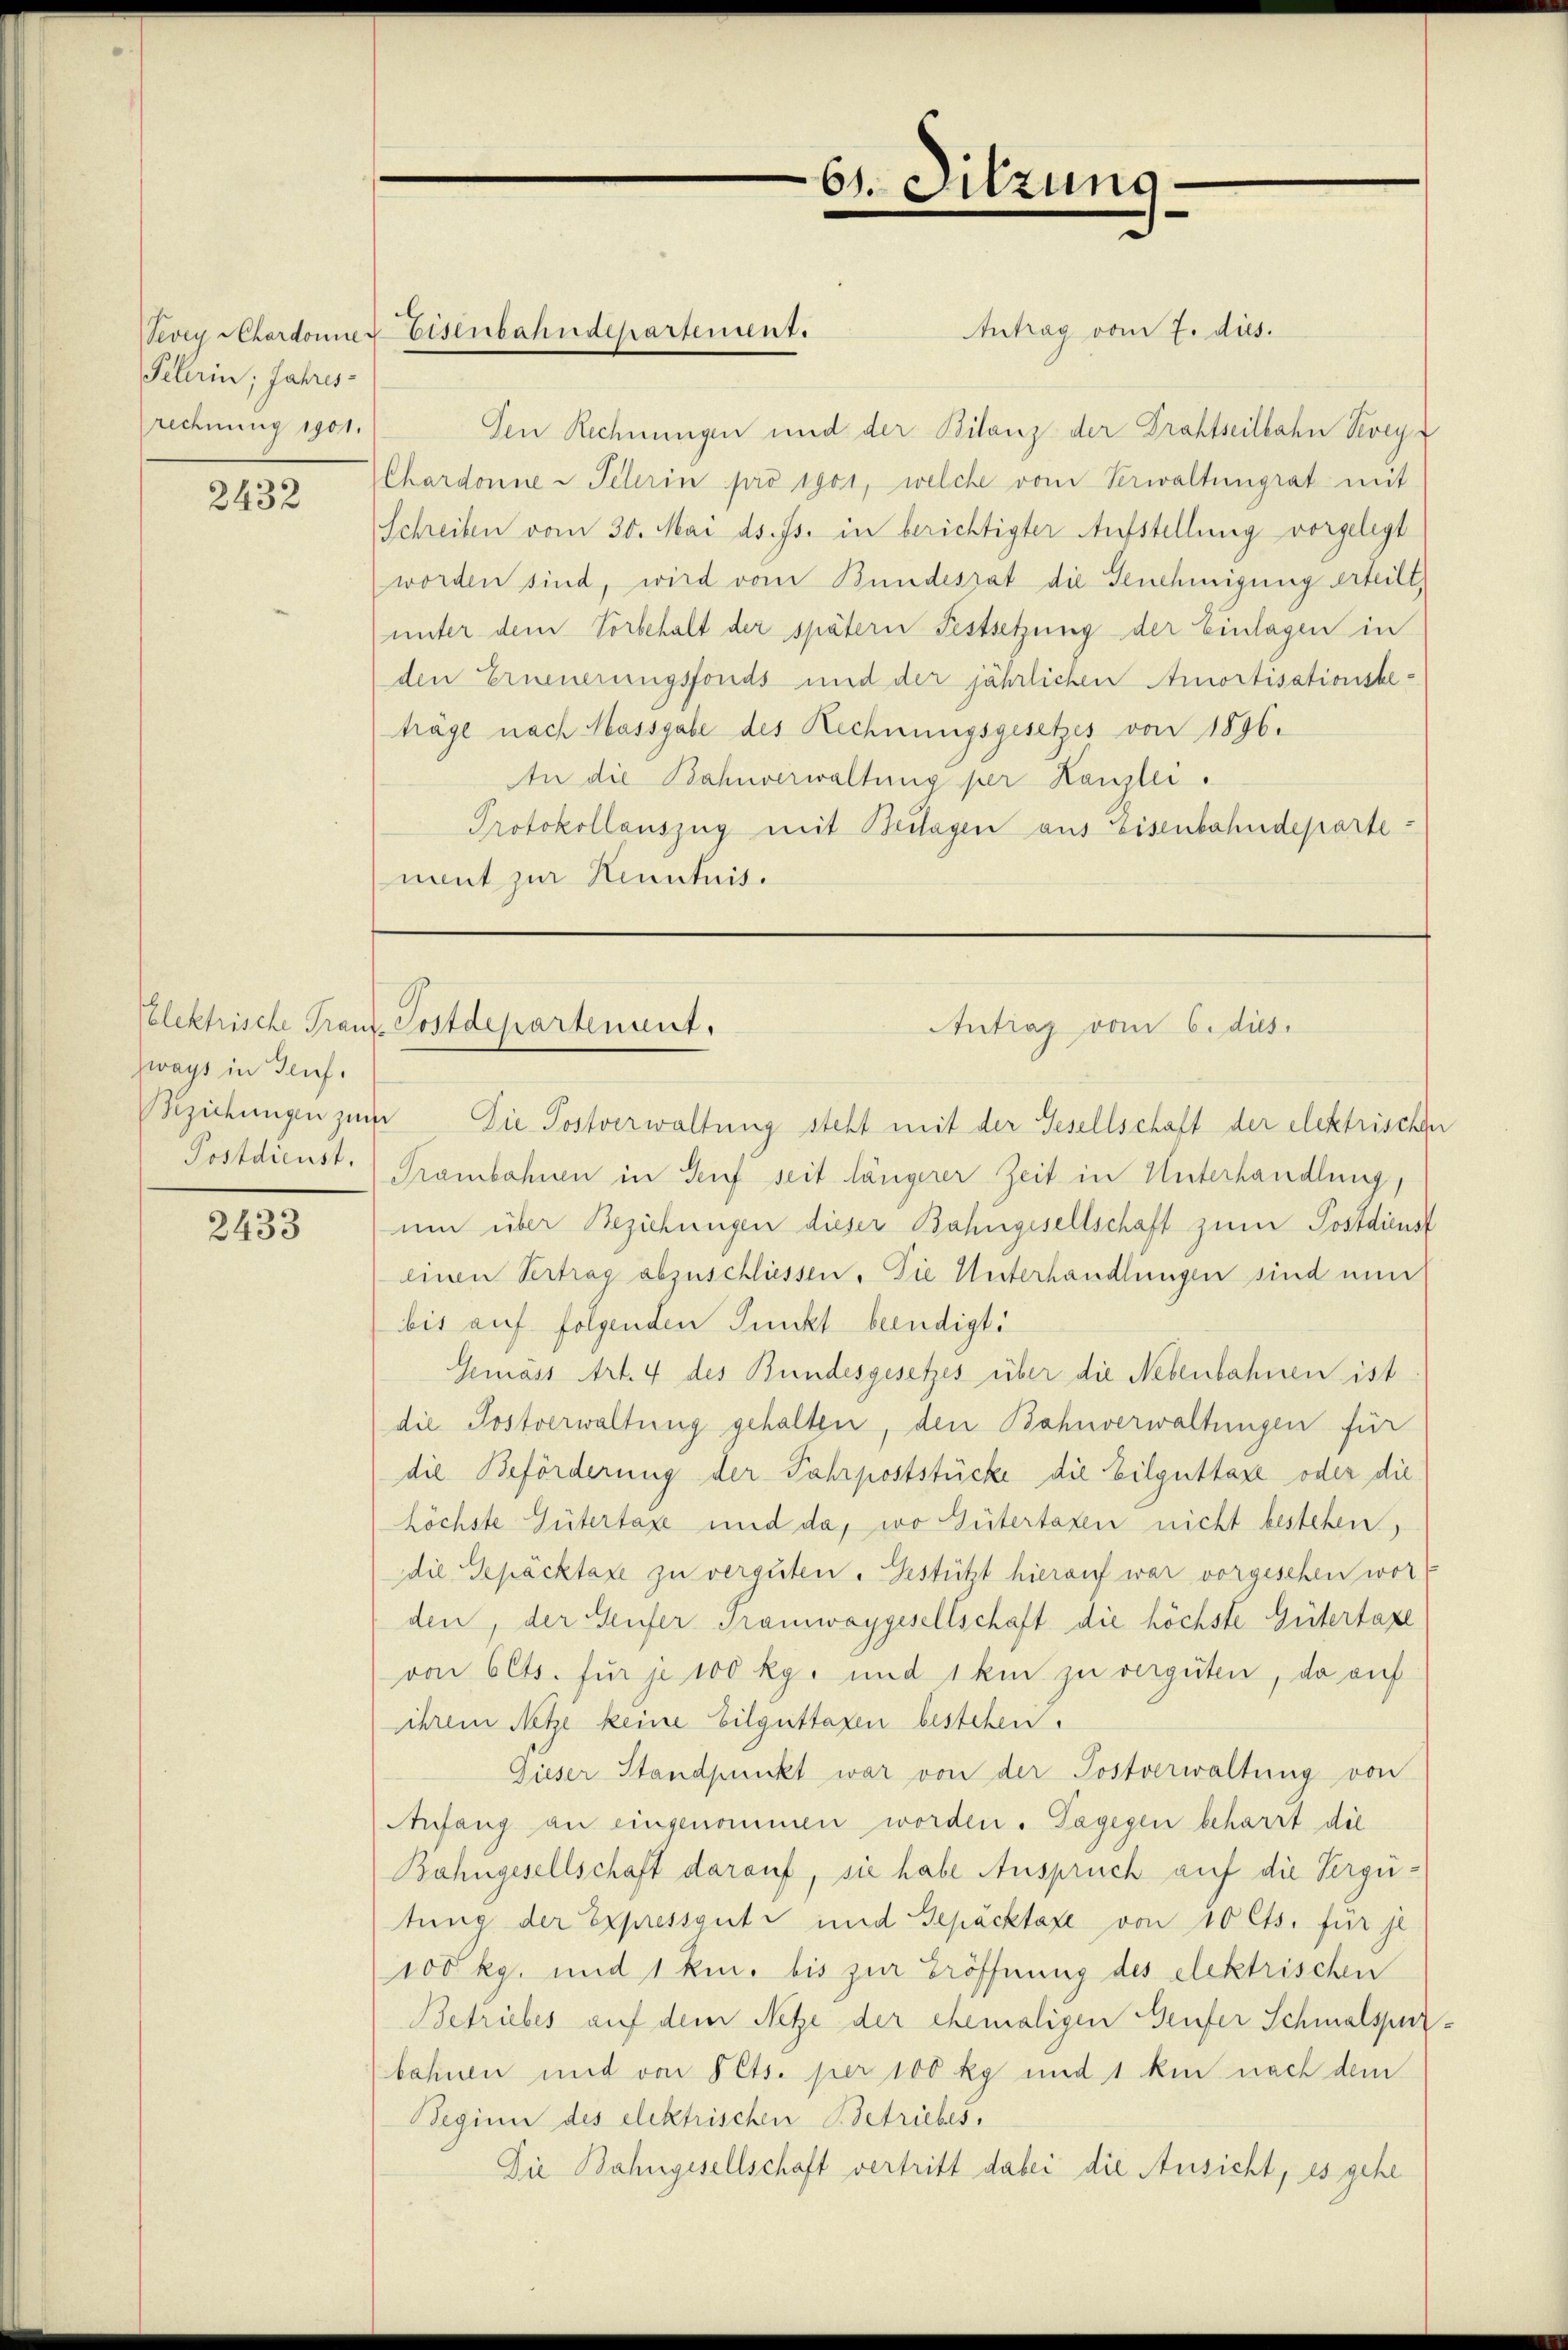
Pehrin; Jahres-
rechnung 1901.

2432

zways in Genf.

2433

Antrag vom 7. dies.
Den Rechnungen und der Bilanz der Drahtseilbahn Vevey
Chardonne - Pelerin pro 1901, welche vom Verwaltungrat mit
Schreiben vom 30. Mai d. Js. in berichtigter Aufstellung vorgelegt
worden sind, wird vom Bundesrat die Genehmigung erteilt,
unter dem Vorbehalt der spätern Festsetzung der Einlagen in
den Erneuerungsfonds und der jährlichen Amortisationsbe-
träge nach Massgabe des Rechnungsgesetzes von 1896.
In die Bahnverwaltung per Kanzlei.
Protokollauszug mit Beilagen aus Eisenbahndepartenant zur Kenntnis.

Vevey Chordonner Eisenbahndepartement.

61. Sitzung.

Pelektrische Franz-Postdepartement.
Antrag vom 6. dies

Beziehungen zur Die Postverwaltung steht mit der Gesellschaft der elektrischen
Postdienst. Trambohnen in Senf seit längerer Zeit in Unterhandlung,
um über Beziehungen dieser Bahngesellschaft zum Postdienst
einen Vertrag abzuschliessen. Die Unterhandlungen sind nun
bis auf folgenden Punkt beendigt:
Gemäss Art. 4 des Bundesgesetzes über die Nebenbahnen ist
die Postverwaltung gehalten, den Bahnverwaltungen für
die Beförderung der Fahrpoststücke die Eilguttaxe oder die
höchste Gütertaxe und da, wo Gütertaxen nicht bestehen,
die Gepäcktaxe zu verguten. Gestützt hierauf war vorgesehen wor
den, der Teufer Tramwaygesellschaft die höchste Gütertaxe
von 6 Cts. für je 100 kg. und 1 km zu verguten, da auf
ihrem Netze keine Eilguttaxen bestehen.
Gieser Standpunkt war von der Postverwaltung von
Anfang an eingenommen worden. Dagegen beharrt die
Bahngesellschaft darauf, sie habe Anspruch auf die Vergütung der Expressante und Gepäcktaxe von 10 Cts. für je
100 kg. und 1 km. bis zur Eröffnung des elektrischen
Betriebes auf dem Netze der ehemaligen Teufer Schmalspur-
bahnen und von Pets. per 100 kg und 1 ki nach dem
Seginn des elektrischen Betriebes,
Die Bahngesellschaft vertritt dabei die Ansicht, es gehe